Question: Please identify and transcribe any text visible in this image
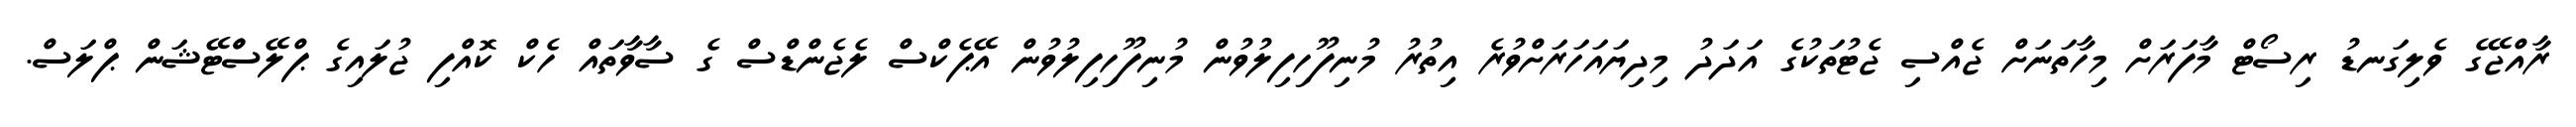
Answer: ރާއްޖޭގެ ވެލިގަނޑު ރިސޯޓް މާފަރަށް މިހާތަނަށް ޖެއްސި ޖެޓުތަކުގެ އަދަދު މިދިޔައަހަރަށްވުރެ އިތުރު މުނިފޫހިފިލުވުން މުނިފޫހިފިލުވުން އޭޕެކްސް ލެޖެންޑްސް ގެ ސާވާތައް ހެކް ކޮއްފި ޖުލައިގެ ޕްލޭސްްޓޭޝަން ޕްލަސް.